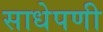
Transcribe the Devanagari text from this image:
साधेपणी